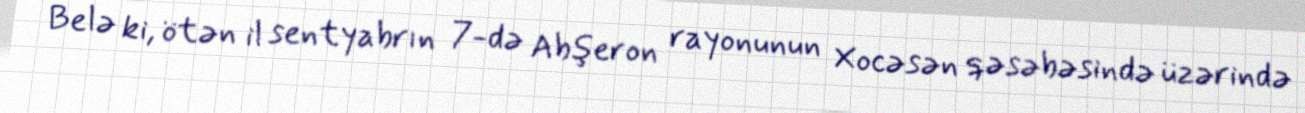
Belə ki, ötən il sentyabrın 7-də Abşeron rayonunun Xocəsən qəsəbəsində üzərində